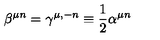
\beta ^ { \mu n } = \gamma ^ { \mu , - n } \equiv \frac { 1 } { 2 } \alpha ^ { \mu n }